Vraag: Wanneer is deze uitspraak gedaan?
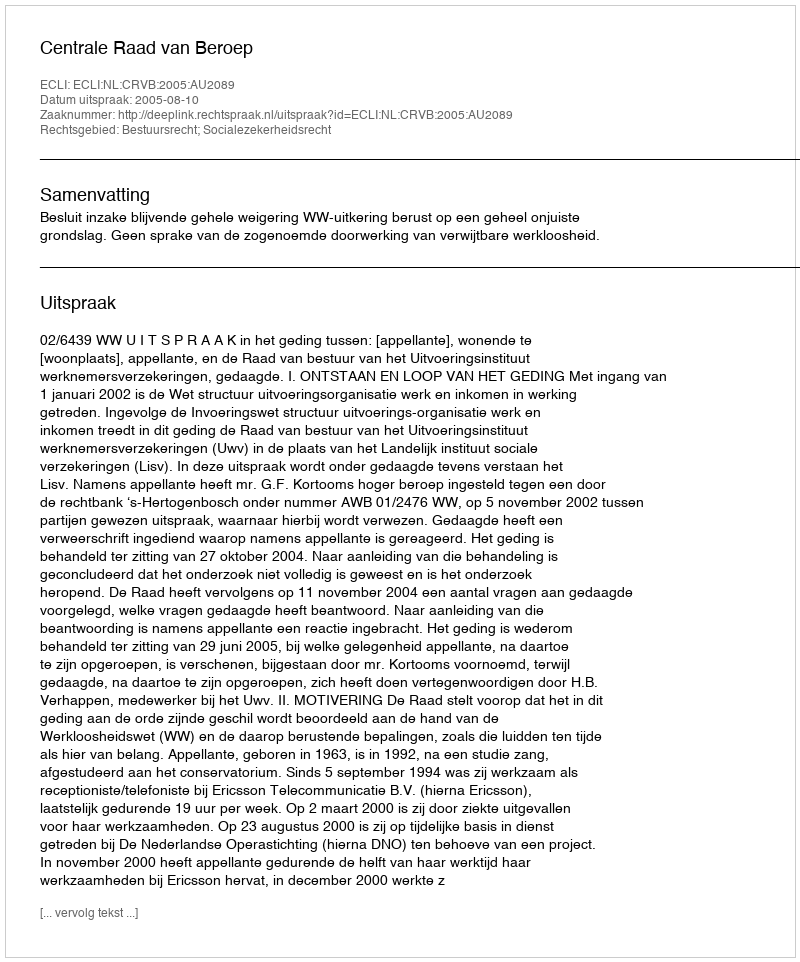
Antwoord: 2005-08-10